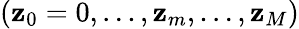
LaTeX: (\mathbf{z}_{0}=0,\ldots,\mathbf{z}_{m},\ldots,\mathbf{z}_{M})